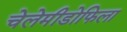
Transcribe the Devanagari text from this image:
चेलेमीडोफिला